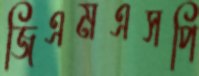
জিএমএসপি